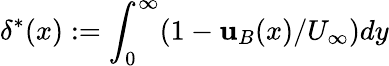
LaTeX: \delta^{*}(x):=\int_{0}^{\infty}(1-\mathbf{u}_{B}(x)/U_{\infty})dy